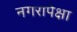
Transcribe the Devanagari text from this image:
नगरापेक्षा